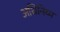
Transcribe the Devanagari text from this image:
अधिनिय्म